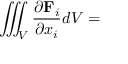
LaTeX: \iiint _ { V } { \frac { \partial \mathbf { F } _ { i } } { \partial x _ { i } } } d V =